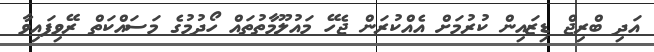
އަދި ބްރިޖް ޑިޒައިން ކުރުމަށް އެއްކުރަން ޖެހޭ މައުލޫމާތުތައް ހޯދުމުގެ މަސައްކަތް ރޭވިފައިވާ